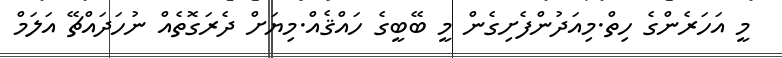
މީ އަހަރެންގެ ހިތް.މިއަދުންފެށިގެން މީ ބޭބީގެ ހައްޤެއް.މިޔަށް ދެރަގޮތެއް ނުހަދައްޗޭ އަލަމް